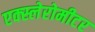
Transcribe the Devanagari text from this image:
एक्स्लेरोमीटर